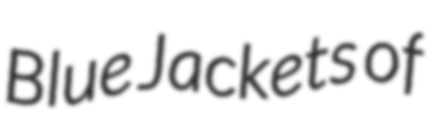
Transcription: Blue Jackets of